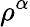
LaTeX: \rho^{\alpha}